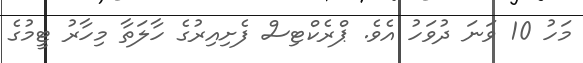
މަހު 10 ވަނަ ދުވަހު އެވެ. ޕްރެކްޓިސް ފެށިއިރުގެ ހާލަތާ މިހާރު ޓީމުގެ